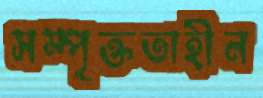
সম্পৃক্ততাহীন